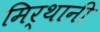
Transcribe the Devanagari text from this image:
मिर्थानी